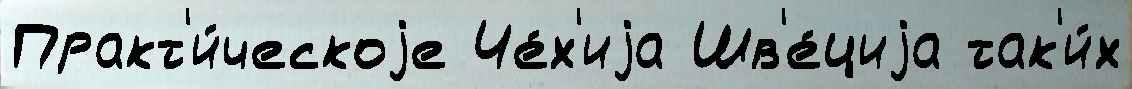
Практ'и́ческоjе Че́х'иjа Шв'е́циjа так'и́х